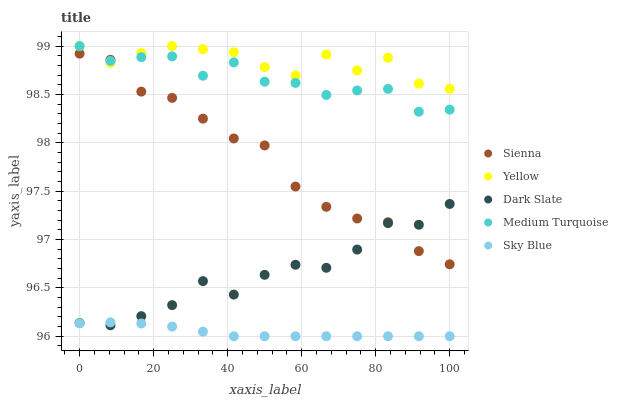
| xaxis_label | Sienna | Yellow | Dark Slate | Medium Turquoise | Sky Blue |
 | --- | --- | --- | --- | --- | --- |
 | 0 | 98.9 | 99 | 96.1 | 99 | 96.1 |
 | 8.33 | 98.9 | 98.8 | 96.1 | 98.8 | 96.1 |
 | 16.7 | 98.5 | 98.9 | 96.2 | 98.9 | 96.1 |
 | 25 | 98.5 | 99 | 96.3 | 98.9 | 96.1 |
 | 33.3 | 98.2 | 99 | 96.6 | 98.7 | 96 |
 | 41.7 | 98 | 98.9 | 96.4 | 98.8 | 96 |
 | 50 | 98 | 98.8 | 96.6 | 98.6 | 96 |
 | 58.3 | 97.5 | 98.7 | 96.7 | 98.6 | 96 |
 | 66.7 | 97.3 | 98.9 | 96.7 | 98.5 | 96 |
 | 75 | 97.2 | 98.7 | 96.9 | 98.5 | 96 |
 | 83.3 | 97.2 | 98.9 | 97.2 | 98.6 | 96 |
 | 91.7 | 96.9 | 98.6 | 97.2 | 98.3 | 96 |
 | 100 | 96.7 | 98.6 | 97.4 | 98.3 | 96 |